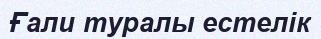
Ғали туралы естелік